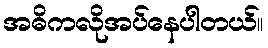
အဓိကလိုအပ်နေပါတယ်။